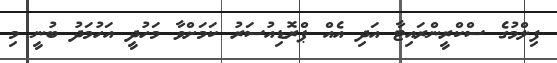
ފިލްމުގެ ސްކްރީންރައިޓާ އަދި އެއް ޕްރޮޑިއުސަރު ކަމަށްވާ މަހުދީ އަހުމަދު ބުނީ މި